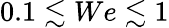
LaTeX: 0.1\lesssim We\lesssim 1